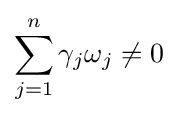
\sum _{j=1}^{n}\gamma _{j}\omega _{j}\neq 0